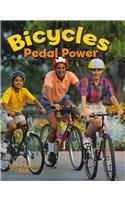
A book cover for Bicycles: Pedal Power (Vehicles on the Move); Lynn Peppas; Children's Books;